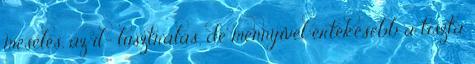
mesélés, az il- lusztrálás, de mennyivel értékesebb a tiszta